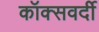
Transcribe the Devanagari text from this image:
कॉक्सवर्दी